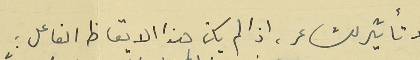
ولا تأثير لشاعر، اذا لم يكن هذا الايقاظ الفاعل :